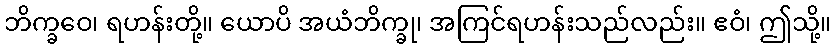
ဘိက္ခဝေ၊ ရဟန်းတို့။ ယောပိ အယံဘိက္ခု၊ အကြင်ရဟန်းသည်လည်း။ ဧဝံ၊ ဤသို့။